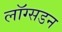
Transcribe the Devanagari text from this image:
लाॅग्सडन